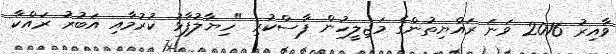
ވާއިރު 2016 ވަނަ ރައްޔިތުންގެ މަޖިލީހުން ފާސްކުރި "ހިޔާލުފާޅު ކުރުމާއި އަބުރު ރައްކާ